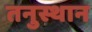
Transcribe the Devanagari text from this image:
तनुस्थान